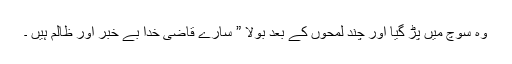
وہ سوچ میں پڑ گیا اور چند لمحوں کے بعد بولا ” سارے قاضی خدا بے خبر اور ظالم ہیں ۔